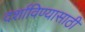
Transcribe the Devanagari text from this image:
दर्शाविण्यासाठी